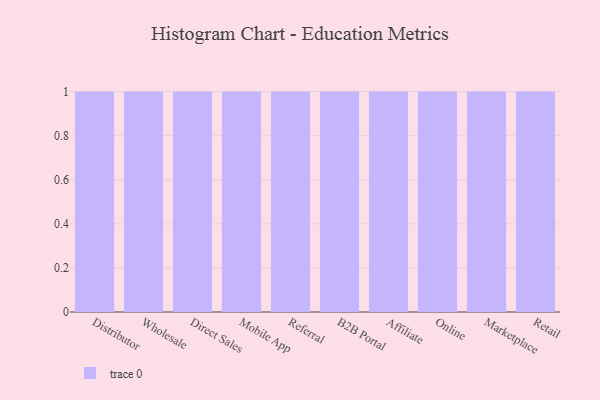
{"axis": {"x": "Channel", "y": "Operating Costs (USD K)"}, "legend": [""], "data": [{"x": "Distributor", "y": 53, "type": ""}, {"x": "Wholesale", "y": 68, "type": ""}, {"x": "Direct Sales", "y": 12, "type": ""}, {"x": "Mobile App", "y": 18, "type": ""}, {"x": "Referral", "y": 4, "type": ""}, {"x": "B2B Portal", "y": 44, "type": ""}, {"x": "Affiliate", "y": 12, "type": ""}, {"x": "Online", "y": 2, "type": ""}, {"x": "Marketplace", "y": 35, "type": ""}, {"x": "Retail", "y": 34, "type": ""}]}